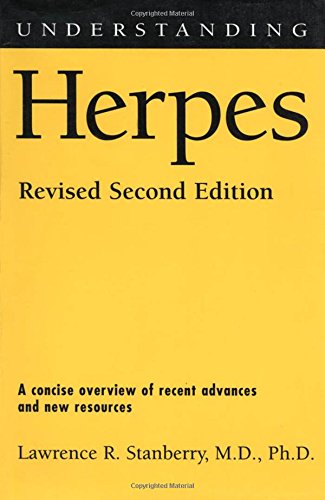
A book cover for Understanding Herpes: Revised Second Edition (Understanding Health and Sickness Series); Lawrence R. Stanberry; Health, Fitness & Dieting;